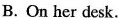
B.On her desk.